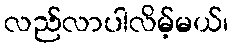
လည်လာပါလိမ့်မယ်၊